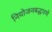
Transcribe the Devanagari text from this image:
नियोजनबद्धपणे